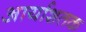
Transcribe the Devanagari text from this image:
आर्याशतक